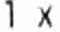
1 X